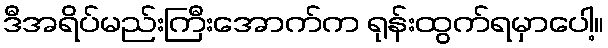
ဒီအရိပ်မည်းကြီးအောက်က ရုန်းထွက်ရမှာပေါ့။